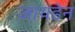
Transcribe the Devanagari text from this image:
जायडेन